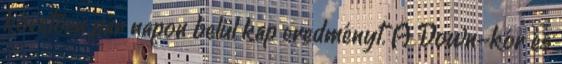
követően pár napon belül kap eredményt. A Down-kór és